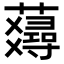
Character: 𧂇